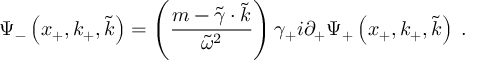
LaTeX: \Psi _ { - } \left( x _ { + } , k _ { + } , \widetilde { k } \right) = \left( { \frac { m - \widetilde { \gamma } \cdot \widetilde { k } } { \widetilde { \omega } ^ { 2 } } } \right) \gamma _ { + } i \partial _ { + } \Psi _ { + } \left( x _ { + } , k _ { + } , \widetilde { k } \right) \; .